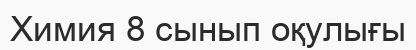
Химия 8 сынып оқулығы